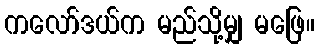
ကလော်ဒယ်က မည်သို့မျှ မဖြေ။